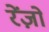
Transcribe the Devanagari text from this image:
रेंज़ो